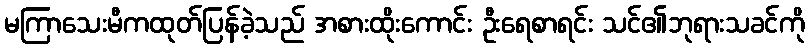
မကြာသေးမီကထုတ်ပြန်ခဲ့သည် အစားထိုးကောင်း ဦးရေစာရင်း သင်၏ဘုရားသခင်ကို